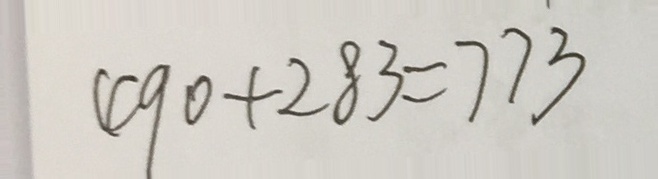
4 9 0 + 2 8 3 = 7 7 3